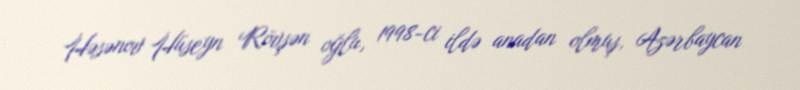
Həsənov Hüseyn Rövşən oğlu, 1998-ci ildə anadan olmuş, Azərbaycan